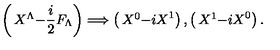
\left( \begin{matrix} { X ^ { \Lambda } } \\ { - { \frac { i } { 2 } } F _ { \Lambda } } \\ \end{matrix} \right) \Longrightarrow \left( \begin{matrix} { X ^ { 0 } } \\ { - i X ^ { 1 } } \\ \end{matrix} \right) , \left( \begin{matrix} { X ^ { 1 } } \\ { - i X ^ { 0 } } \\ \end{matrix} \right) .